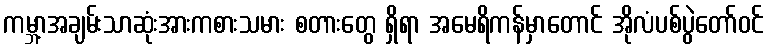
ကမ္ဘာ့အချမ်းသာဆုံးအားကစားသမား စတားတွေ ရှိရာ အမေရိကန်မှာတောင် အိုလံပစ်ပွဲတော်ဝင်